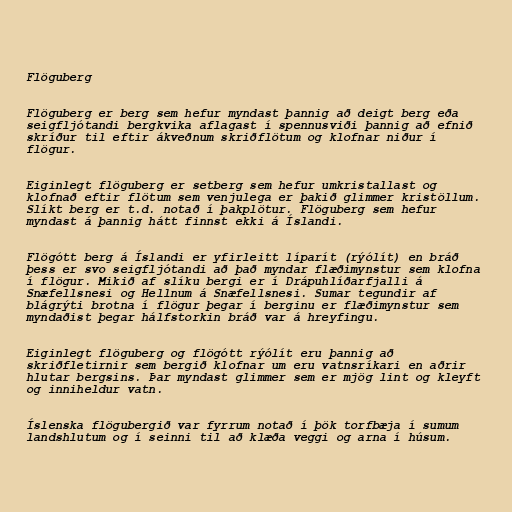
Flöguberg

Flöguberg er berg sem hefur myndast þannig að deigt berg eða
seigfljótandi bergkvika aflagast í spennusviði þannig að efnið
skríður til eftir ákveðnum skriðflötum og klofnar niður í
flögur.

Eiginlegt flöguberg er setberg sem hefur umkristallast og
klofnað eftir flötum sem venjulega er þakið glimmer kristöllum.
Slíkt berg er t.d. notað í þakplötur. Flöguberg sem hefur
myndast á þannig hátt finnst ekki á Íslandi.

Flögótt berg á Íslandi er yfirleitt líparít (rýólít) en bráð
þess er svo seigfljótandi að það myndar flæðimynstur sem klofna
í flögur. Mikið af slíku bergi er í Drápuhlíðarfjalli á
Snæfellsnesi og Hellnum á Snæfellsnesi. Sumar tegundir af
blágrýti brotna í flögur þegar í berginu er flæðimynstur sem
myndaðist þegar hálfstorkin bráð var á hreyfingu.

Eiginlegt flöguberg og flögótt rýólít eru þannig að
skriðfletirnir sem bergið klofnar um eru vatnsríkari en aðrir
hlutar bergsins. Þar myndast glimmer sem er mjög lint og kleyft
og inniheldur vatn.

Íslenska flögubergið var fyrrum notað í þök torfbæja í sumum
landshlutum og í seinni til að klæða veggi og arna í húsum.